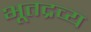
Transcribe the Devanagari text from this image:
भूतद्रव्य